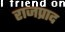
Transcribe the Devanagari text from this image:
राजप्राद